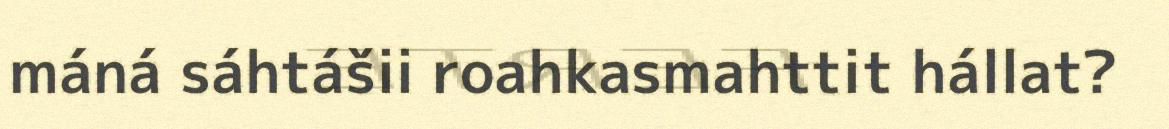
máná sáhtášii roahkasmahttit hállat?